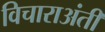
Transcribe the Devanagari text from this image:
विचाराअंती